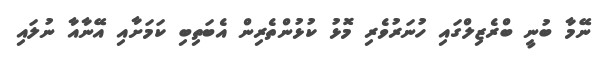
ނޭމާ ބުނީ ބްރެޒިލްގައި ހުނަރުވެރި މޮޅު ކުޅުންތެރިން އެބަތިބި ކަމަށާއި އޭނާއާ ނުލައި